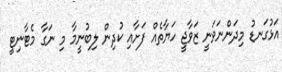
އަޅުގަނޑު މިދަންނަވަނީ ޒަވާޖީ ހަޔާތެއް ފަށާއި ކުދިން ލިބުނީމާ މި ނަގާ މެޓާނިޓީ